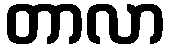
တာလာ